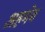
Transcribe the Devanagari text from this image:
अहमेव